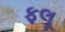
ફલૂ